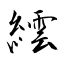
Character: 繧